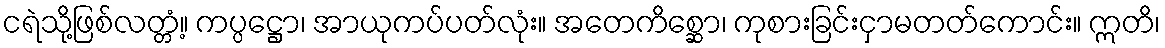
ငရဲသို့ဖြစ်လတ္တံ့။ ကပ္ပဋ္ဌော၊ အာယုကပ်ပတ်လုံး။ အတေကိစ္ဆော၊ ကုစားခြင်းငှာမတတ်ကောင်း။ ဣတိ၊